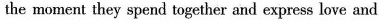
the moment they spend together and express love and